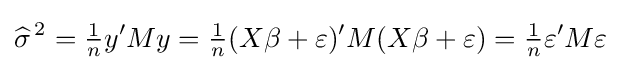
{\widehat {\sigma }}^{\,2}={\tfrac {1}{n}}y'My={\tfrac {1}{n}}(X\beta +\varepsilon )'M(X\beta +\varepsilon )={\tfrac {1}{n}}\varepsilon 'M\varepsilon